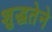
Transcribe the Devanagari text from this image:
शुद्धतेने